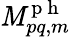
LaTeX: \mathit{M}_{pq,m}^{\mathrm{{~p~h~}}}